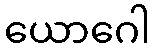
ယောဂေါ